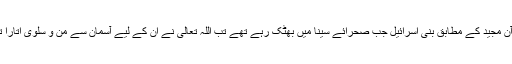
قرآن مجید کے مطابق بنی اسرائیل جب صحرائے سینا میں بھٹک رہے تھے تب اللہ تعالیٰ نے ان کے لیے آسمان سے من و سلویٰ اتارا تھا۔